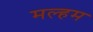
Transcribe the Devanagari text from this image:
मल्हम